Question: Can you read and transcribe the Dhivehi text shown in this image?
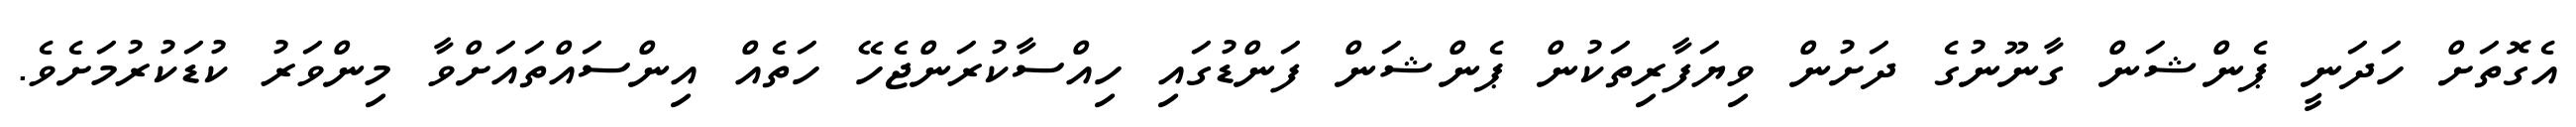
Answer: އެގޮތަށް ހަދަނީ ޕެންޝަން ގާނޫނުގެ ދަށުން ވިޔަފާރިތަކުން ޕެންޝަން ފަންޑުގައި ހިއްސާކުރަންޖެހޭ ހަތެއް އިންސައްތައަށްވާ މިންވަރު ކުޑަކުރުމަށެވެ.